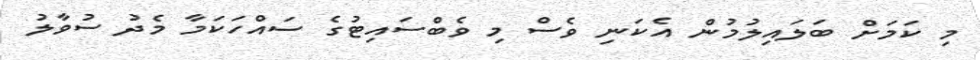
މި ކަމަށް ބަލައިލުމުން އެކަނި ވެސް މި ވެބްސައިޓުގެ ސައްހަކަމާ މެދު ސުވާލު